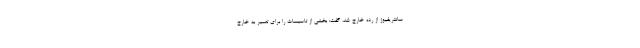
سانتریفیوژ از رده خارج شد، گفت: بخشی از تاسیسات را برای تعمیر به خارج